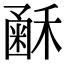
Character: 𥡰